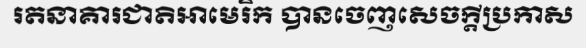
រតនាគារជាតិអាមេរិក បានចេញសេចក្តីប្រកាស